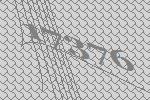
17376